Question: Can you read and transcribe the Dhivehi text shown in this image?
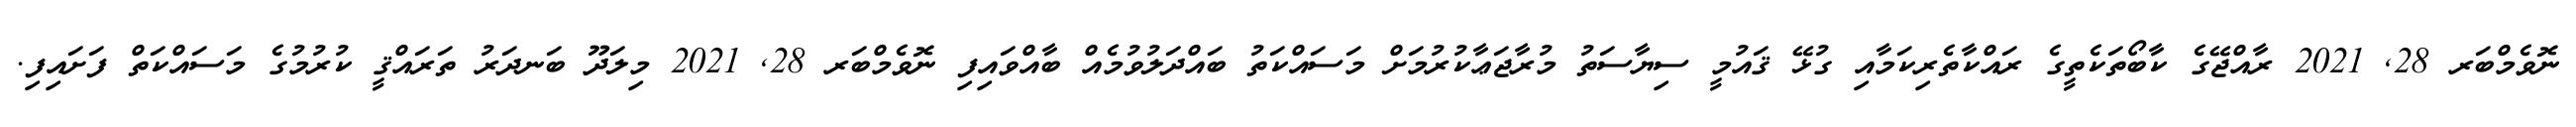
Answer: ނޮވެމްބަރ 28, 2021 ރާއްޖޭގެ ކާބޯތަކެތީގެ ރައްކާތެރިކަމާއި ގުޅޭ ޤައުމީ ސިޔާސަތު މުރާޖަޢާކުރުމަށް މަސައްކަތު ބައްދަލުވުމެއް ބާއްވައިފި ނޮވެމްބަރ 28, 2021 މިލަދޫ ބަނދަރު ތަރައްޤީ ކުރުމުގެ މަސައްކަތް ފަށައިފި.